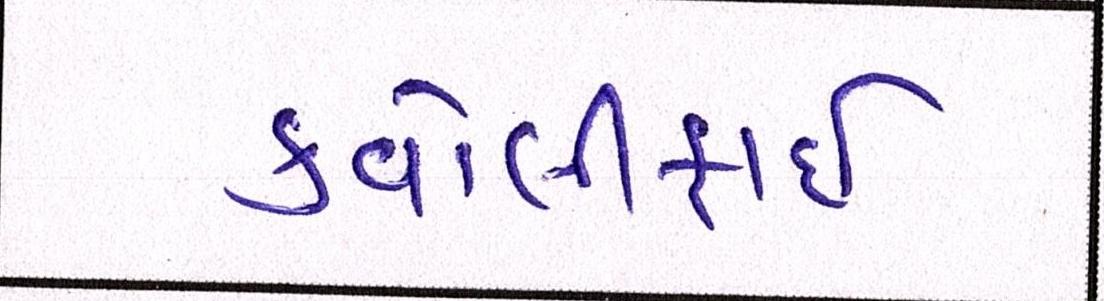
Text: કવોલીફાઈ